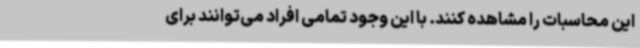
این محاسبات را مشاهده کنند. با این وجود تمامی افراد می‌توانند برای